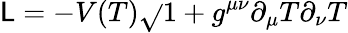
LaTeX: \mathsf{L}=-V(T)\sqrt{}{{1+g^{\mu\nu}\partial_{\mu}T\partial_{\nu}T}}